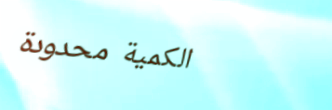
الكمية محدودة